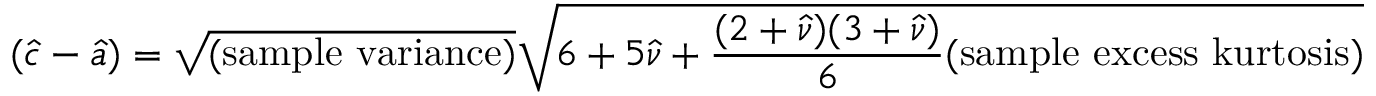
( { \hat { c } } - { \hat { a } } ) = { \sqrt { \mathrm { ( s a m p l e ~ v a r i a n c e ) } } } { \sqrt { 6 + 5 { \hat { \nu } } + { \frac { ( 2 + { \hat { \nu } } ) ( 3 + { \hat { \nu } } ) } { 6 } } { \mathrm { ( s a m p l e ~ e x c e s s ~ k u r t o s i s ) } } } }